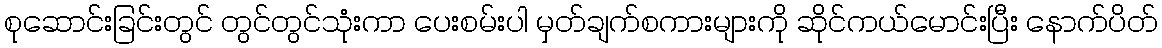
စုဆောင်းခြင်းတွင် တွင်တွင်သုံးကာ ပေးစမ်းပါ မှတ်ချက်စကားများကို ဆိုင်ကယ်မောင်းပြီး နောက်ပိတ်